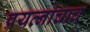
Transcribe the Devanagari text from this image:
प्रयत्‍नांचाच